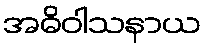
အဓိဝါသနာယ